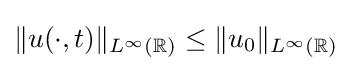
\Vert u(\cdot ,t)\Vert _{L^{\infty }(\mathbb {R} )}\leq \Vert u_{0}\Vert _{L^{\infty }(\mathbb {R} )}